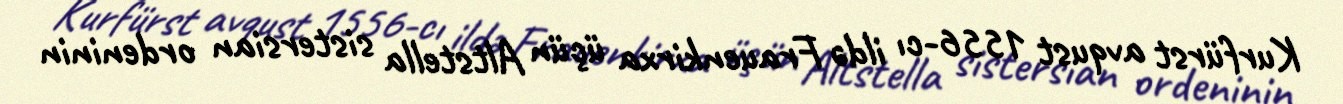
Kurfürst avqust 1556-cı ildə Frauenkirxa üçün Altstella sistersian ordeninin